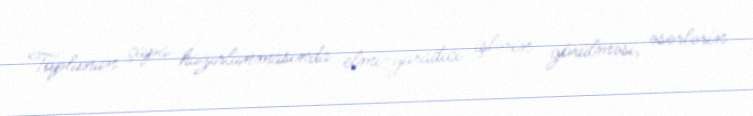
Toplunun çapa hazırlanmasında elmi-yaradıcı işlərin görülməsi, əsərlərin